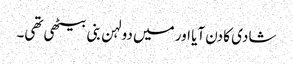
شادی کا دن آیا اور میں دولہن بنی بیٹھی تھی۔